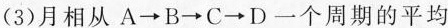
(3)月相从A\rightarrow B\rightarrow C\rightarrow D一个周期的平均